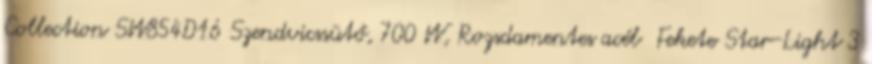
Collection SW854D16 Szendvicssütő, 700 W, Rozsdamentes acél Fekete Star-Light 3